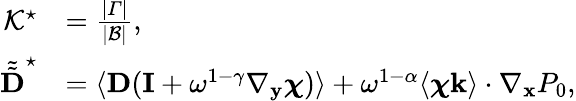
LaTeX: \begin{array}{rl}{\mathcal{K^{\star}}}&{=\frac{|\varGamma|}{|\mathcal B|},}\\ {\tilde{\tilde{\textbf{D}}}^{\star}}&{=\langle\textbf{D}(\mathbf I+\omega^{1-\gamma}\nabla_{\mathbf y}\boldsymbol{\chi})\rangle+\omega^{1-\alpha}\langle\boldsymbol{\chi}\mathbf k\rangle\cdot\nabla_{\mathbf x}P_{0},}\end{array}